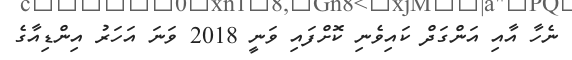
ނެހާ އާއި އަންގަދް ކައިވެނި ކޮށްފައި ވަނީ 2018 ވަނަ އަހަރު އިންޑިއާގެ